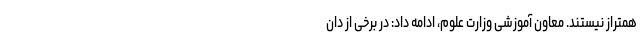
همتراز نیستند. معاون آموزشی وزارت علوم، ادامه داد: در برخی از دان